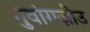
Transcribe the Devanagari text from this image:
गुवांगज़ोउ